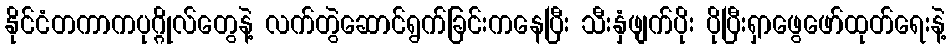
နိုင်ငံတကာကပုဂ္ဂိုလ်တွေနဲ့ လက်တွဲဆောင်ရွက်ခြင်းကနေပြီး သီးနှံဖျက်ပိုး ပိုပြီးရှာဖွေဖော်ထုတ်ရေးနဲ့